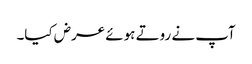
آپ نے روتے ہوئے عرض کیا۔